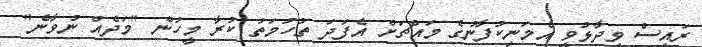
ރައީސް ވިދާޅުވީ އެމަނިކުފާނުގެ މައްޗަށް އެފަދަ ތުހުމަތު ކުރާ މީހުން "މަދެއް ނުވާނެ"